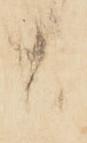
候